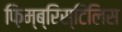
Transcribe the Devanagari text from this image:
फ़िम्ब्रिस्टिलिस